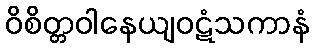
ဝိစိတ္တဝါနေယျဝဋံသကာနံ